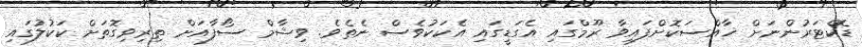
ޑޮކްޓަރުންނަށް ޚާއްސަކޮށްފައިވާ ރޫމްގައި އެގަޑީގައި އެކަކުވެސް ނެތެވެ. ވިޝާމް ސޯފާއަށް ތިރިވިގޮތަށް ކަކުލުގައި